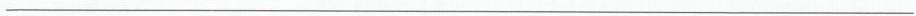
___